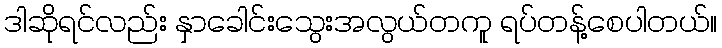
ဒါဆိုရင်လည်း နှာခေါင်းသွေးအလွယ်တကူ ရပ်တန့်စေပါတယ်။